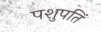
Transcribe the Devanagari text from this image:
पशुपतिं